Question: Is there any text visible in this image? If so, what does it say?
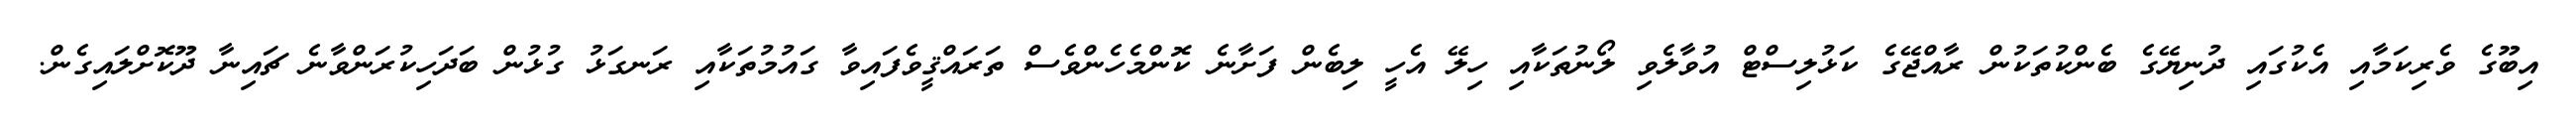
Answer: އިބޫގެ ވެރިކަމާއި އެކުގައި ދުނިޔޭގެ ބެންކުތަކުން ރާއްޖޭގެ ކަޅުލިސްޓް އުވާލެވި ލޯނުތަކާއި ހިލޭ އެހީ ލިބެން ފަށާނެ ކޮންމެހެންވެސް ތަރައްޤީވެފައިވާ ގައުމުތަކާއި ރަނގަޅު ގުޅުން ބަދަހިކުރަންވާނެ ޗައިނާ ދޫކޮށްލައިގެން.